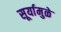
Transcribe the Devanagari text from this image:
सूर्यामुळे